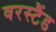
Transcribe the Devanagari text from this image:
वरस्टैंड